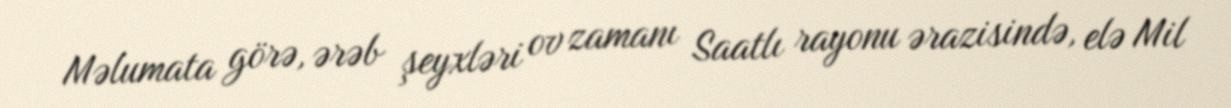
Məlumata görə, ərəb şeyxləri ov zamanı Saatlı rayonu ərazisində, elə Mil